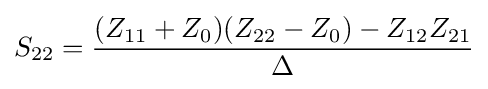
S_{22}={(Z_{11}+Z_{0})(Z_{22}-Z_{0})-Z_{12}Z_{21} \over \Delta }